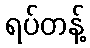
ရပ်တန့်